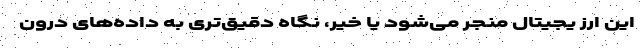
این ارز یجیتال منجر می‌شود یا خیر، نگاه دقیق‌تری به داده‌های درون